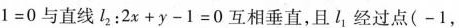
1 = 0$$与直线l_{2}：$$2 x + y - 1 = 0$$互相垂直，且l_{1}经过点(-1，